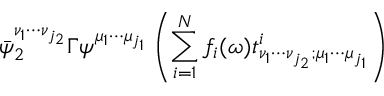
\bar { \psi } _ { 2 } ^ { \nu _ { 1 } \cdots \nu _ { j _ { 2 } } } \Gamma \psi ^ { \mu _ { 1 } \cdots \mu _ { j _ { 1 } } } \left( \sum _ { i = 1 } ^ { N } f _ { i } ( \omega ) t _ { \nu _ { 1 } \cdots \nu _ { j _ { 2 } } ; \mu _ { 1 } \cdots \mu _ { j _ { 1 } } } ^ { i } \right)